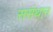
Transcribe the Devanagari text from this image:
ससंथान